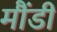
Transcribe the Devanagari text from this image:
मौंडी